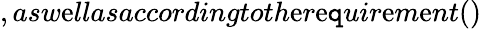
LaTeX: ,asw\mathrm{e}llasaccordingtoth\mathrm{e}r\mathrm{e}\mathtt{q}uir\mathrm{e}m\mathrm{e}nt()